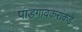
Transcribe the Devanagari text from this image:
पाडगावकरांकडे